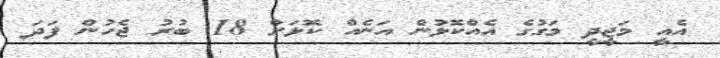
އެއީ މަޖީދީ މަގުގެ އެއްކޮޅުން އަނެއް ކޮޅަށް 18 ބުރު ޖެހުން ފަދަ